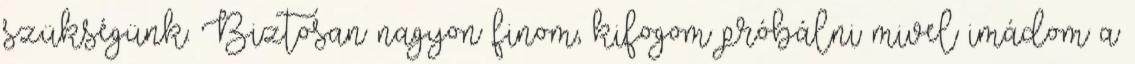
szükségünk. Biztosan nagyon finom, kifogom próbálni mivel imádom a